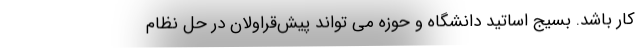
کار باشد. بسیج اساتید دانشگاه و حوزه می تواند پیش‌قراولان در حل نظام